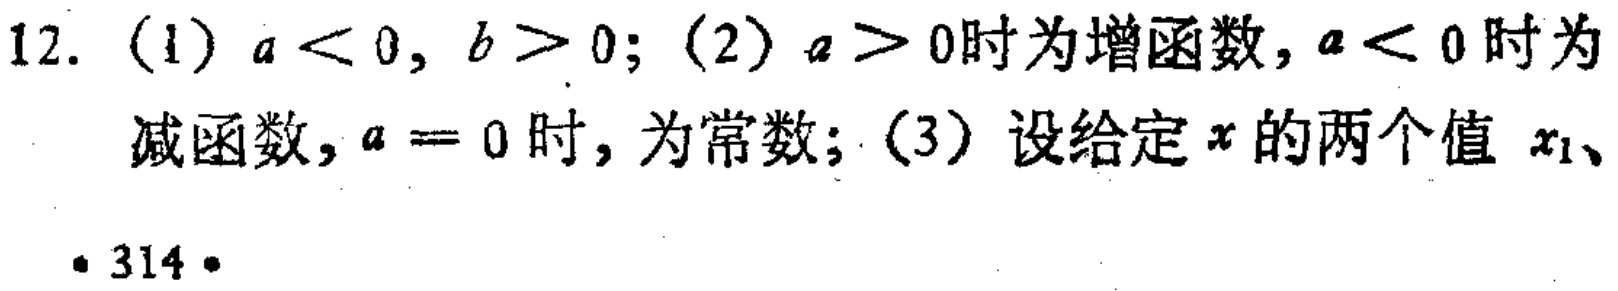
12. (1) \(a < 0\), \(b > 0\); (2) \(a > 0\)时为增函数, \(a < 0\)时为减函数, \(a = 0\)时, 为常数; (3) 设给定\(x\)的两个值 \(x_1\)、

·314·